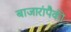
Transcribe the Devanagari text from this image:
बाजारांपैकी